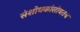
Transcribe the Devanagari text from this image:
संशोधकांसोबतच